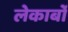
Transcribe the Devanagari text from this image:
लेकार्बों